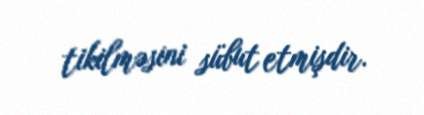
tikilməsini sübut etmişdir.